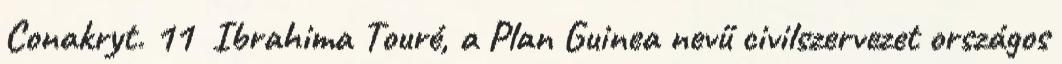
Conakryt. 11 Ibrahima Touré, a Plan Guinea nevű civilszervezet országos